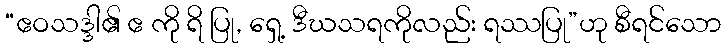
“ဧဝသဒ္ဒါ၏ ဧ ကို ရိ ပြု, ရှေ့ ဒီဃသရကိုလည်း ရဿပြု”ဟု စီရင်သော